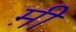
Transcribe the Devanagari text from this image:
म़ी